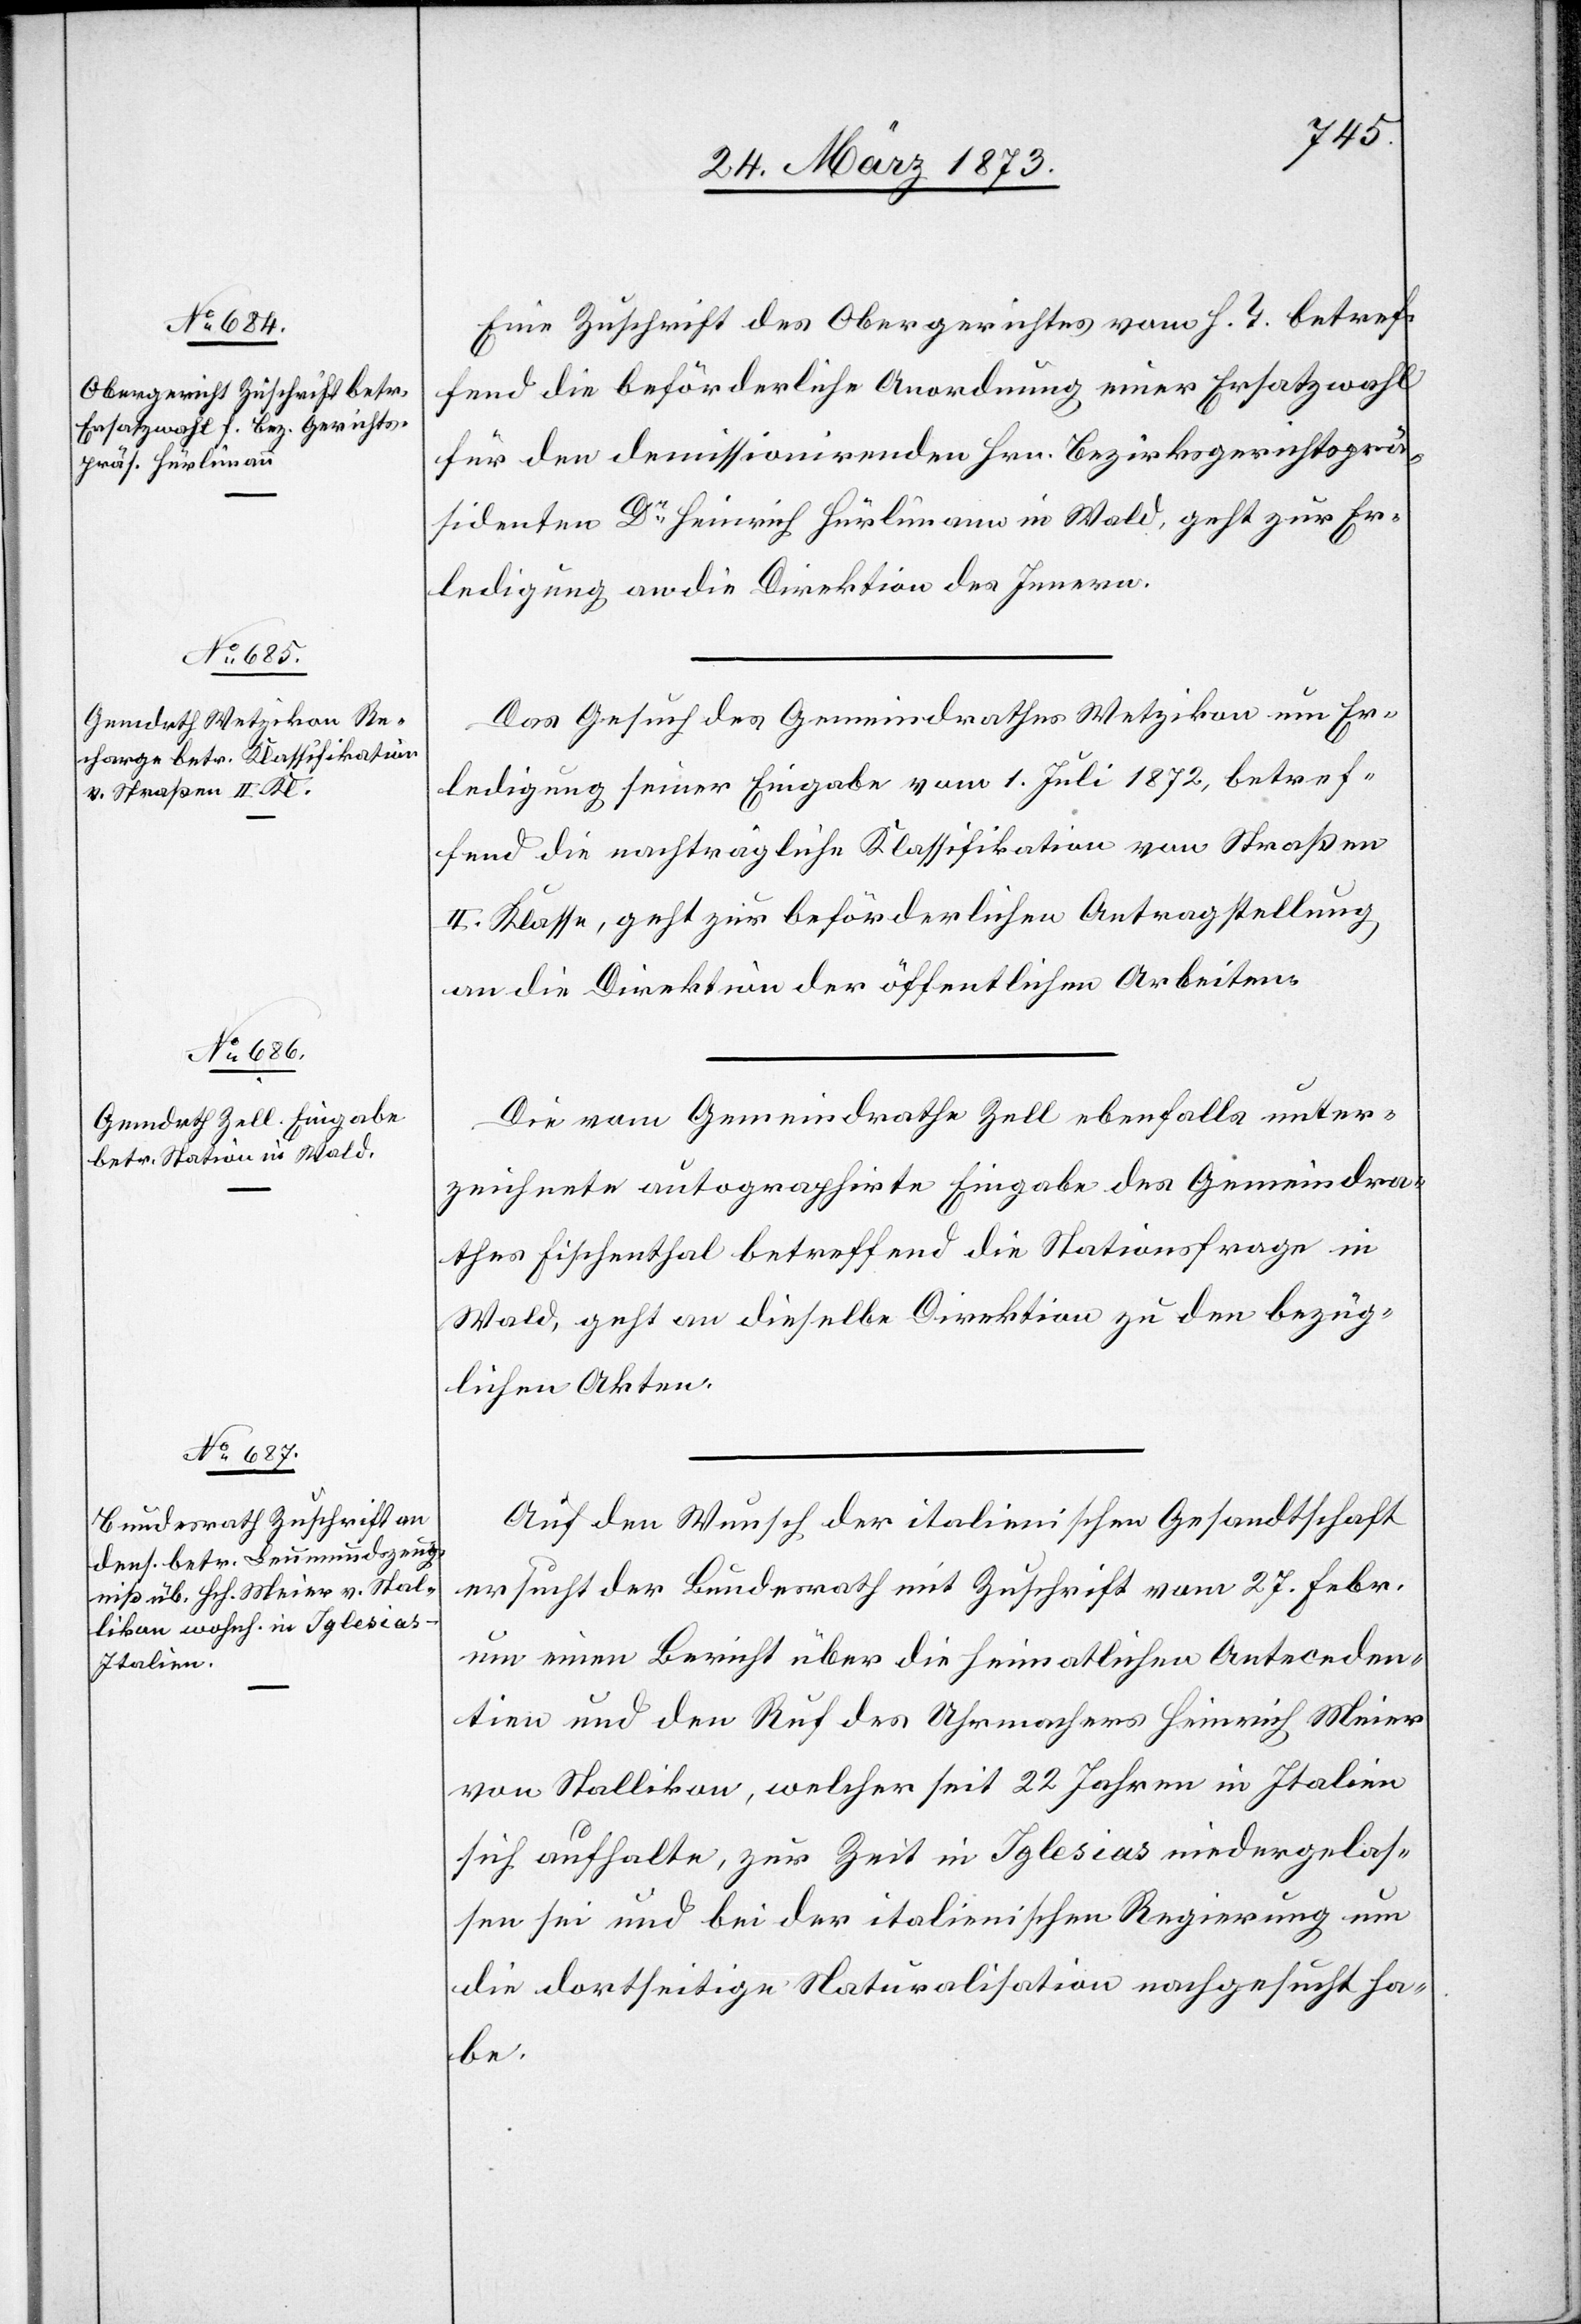
24. März 1873.]
Eine Zuschrift des Obergerichtes vom h. T. betref¬
fend die beförderliche Anordnung einer Ersatzwahl
für den demissionirenden Hrn. Bezirksgerichtsprä¬
sidenten Dr Heinrich Hürlimann in Wald, geht zur Er¬
ledigung an die Direktion des Innern.
Das Gesuch des Gemeindrathes Wetzikon um Er¬
ledigung seiner Eingabe vom 1. Juli 1872, betref¬
fend die nachträgliche Klassifikation von Straßen
II. Klasse, geht zur beförderlichen Antragstellung
an die Direktion der öffentlichen Arbeiten.
Die vom Gemeindrathe Zell ebenfalls unter¬
zeichnete autographirte Eingabe des Gemeindra¬
thes Fischenthal betreffend die Stationsfrage in
Wald, geht an dieselbe Direktion zu den bezüg¬
lichen Akten.
Auf den Wunsch der italienischen Gesandtschaft
ersucht der Bundesrath mit Zuschrift vom 27. Febr.
um einen Bericht über die heimatlichen Anteceden¬
tien und den Ruf des Uhrmachers Heinrich Meier
von Stallikon, welcher seit 22 Jahren in Italien
sich aufhalte, zur Zeit in Iglesias niedergelas¬
sen sei und bei der italienischen Regierung um
die dortseitige Naturalisation nachgesucht ha¬
be.